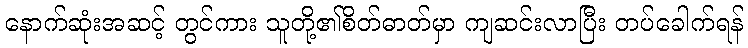
နောက်ဆုံးအဆင့် တွင်ကား သူတို့၏စိတ်ဓာတ်မှာ ကျဆင်းလာပြီး တပ်ခေါက်ရန်